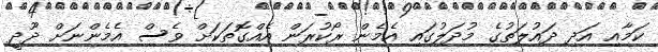
ކަމާއި އަދި ދައުލަތުގެ މުދަލުގައި އެމެން ރޯކުރަން އެއްގޮތަކަށް ވެސް އެމެންނަށް ދޫދީ